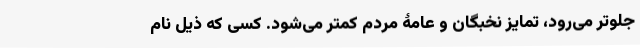
جلوتر می‌رود، تمایز نخبگان و عامۀ مردم کمتر می‌شود. کسی که ذیل نام